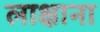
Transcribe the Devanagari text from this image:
लाक्षाना